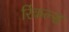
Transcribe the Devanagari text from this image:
रिंकल्स